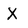
Character: X